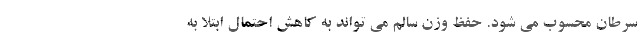
سرطان محسوب می شود. حفظ وزن سالم می تواند به کاهش احتمال ابتلا به